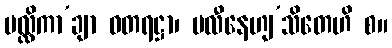
မလ္လိကာ’ချာ ဓတရဋ္ဌာ၊ မလီနေဟျ’သိတေဟိ စ။